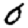
Digit: 0